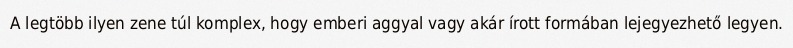
A legtöbb ilyen zene túl komplex, hogy emberi aggyal vagy akár írott formában lejegyezhető legyen.